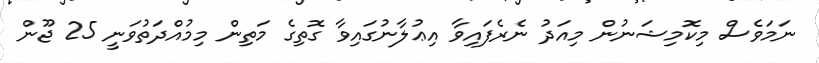
ނަމަވެސް މިކޮމިޝަނުން މިއަދު ނެރެފައިވާ އިޢުލާނުގައިވާ ގޮތިގެ މަތިން މިމުއްދަތުވަނީ 25 ޖޫން